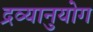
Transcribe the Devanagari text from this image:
द्रव्यानुयोग